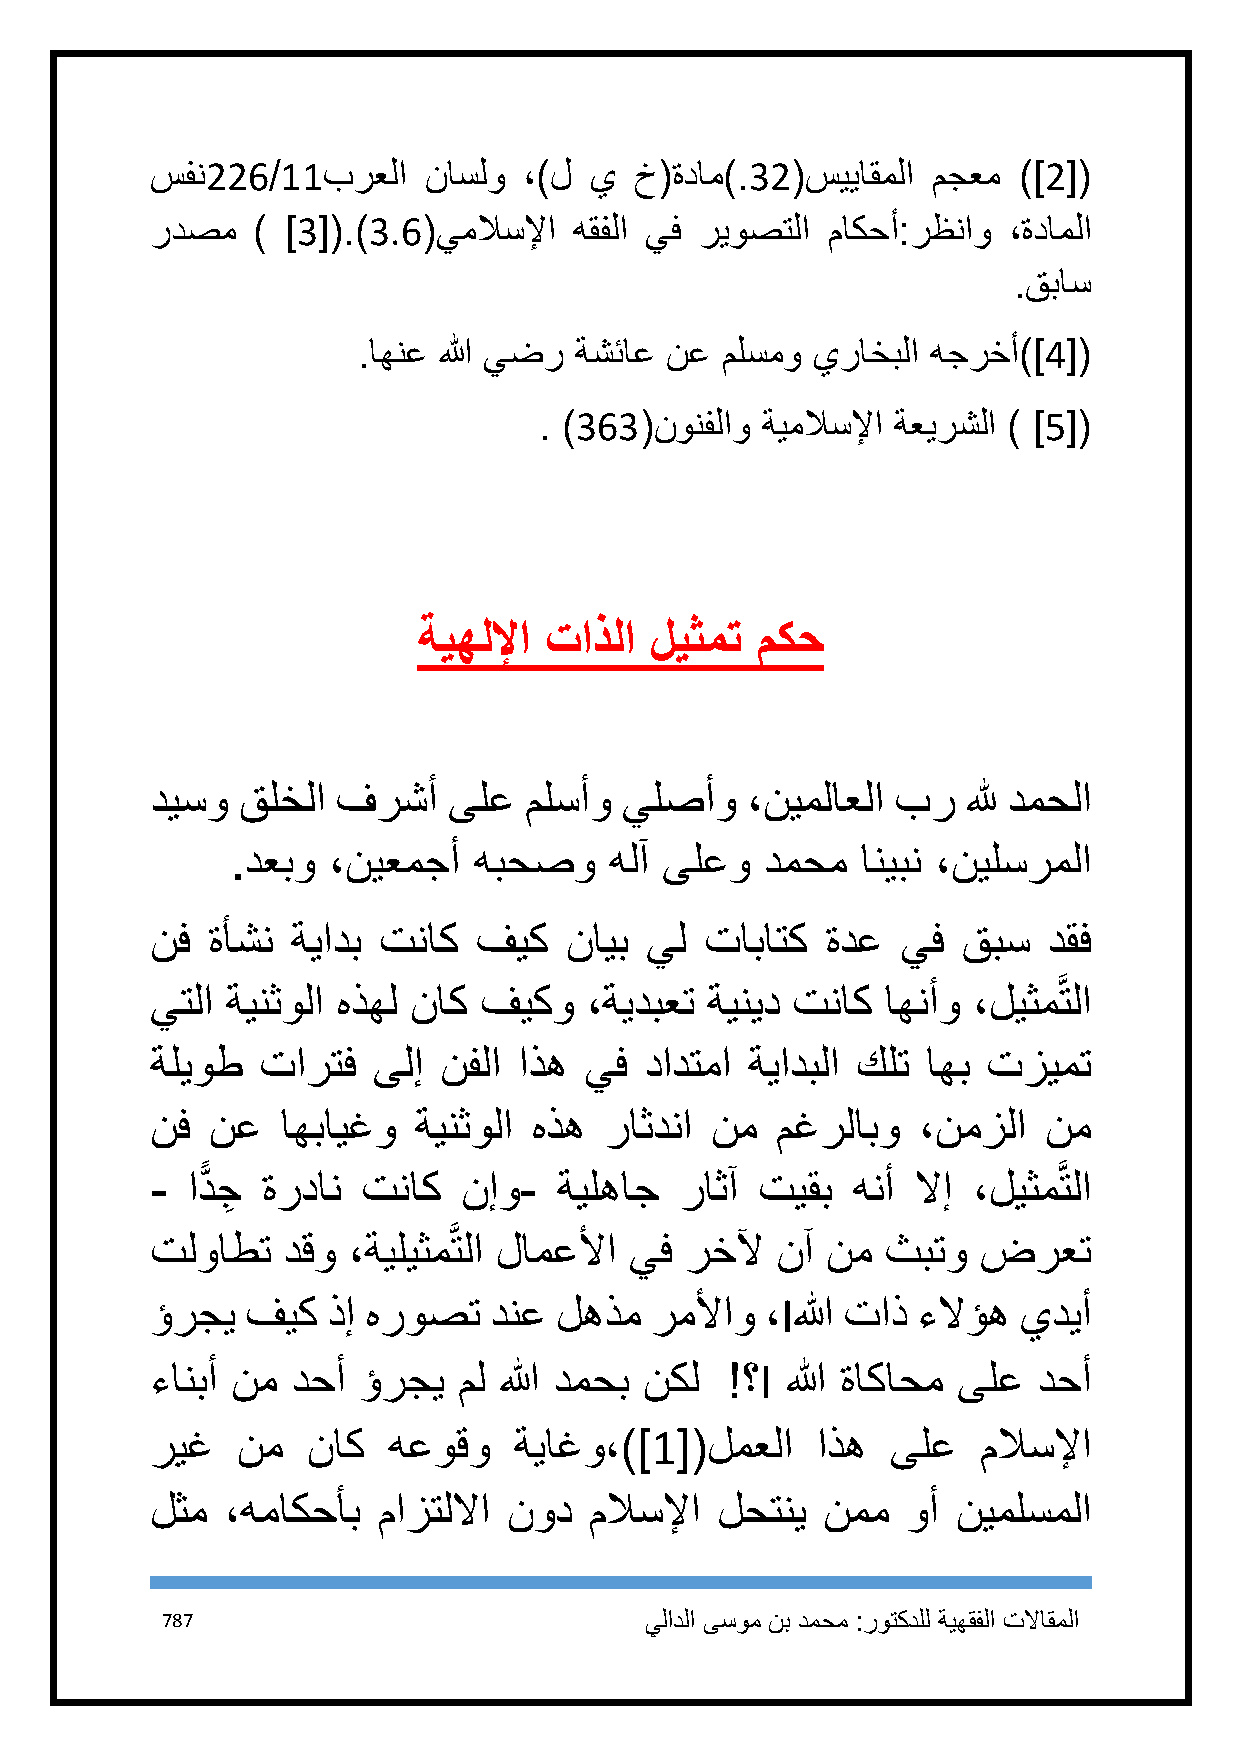
سفن226/11برعلا    ناسلو  ،)ل ي  خ(ةدام).32(سيياقملا مجعم )]2[(
 ردصم   ) ]3[(.)3.6(يملاسلإا هقفلا يف ريوصتلا ماكحأ:رظناو ،ةداملا
 .قباس
 .اهنع الله يضر ةشئاع نع ملسمو يراخبلا هجرخأ)]4[(
 . )363(نونفلاو ةيملاسلإا ةعيرشلا ) ]5[(
 ةيهللإا تاذلا  ليثمت  مكح
 ديسو  قلخلا فرشأ    ىلع  ملسأو يلصأو   ،نيملاعلا بر   لله دمحلا
 .دعبو  ،نيعمجأ  هبحصو    هلآ ىلعو   دمحم  انيبن ،نيلسرملا
 نف  ةأشن ةيادب تناك   فيك  نايب  يل  تاباتك  ةدع  يف  قبس  دقف
 يتلا ةينثولا هذهل ناك فيكو   ،ةيدبعت ةينيد تناك  اهنأو ،ليثمَّتلا
 ةليوط  تارتف   ىلإ نفلا اذه  يف  دادتما ةيادبلا كلت اهب تزيمت
 نف  نع   اهبايغو ةينثولا هذه  راثدنا نم  مغرلابو   ،نمزلا  نم
 - ادًّ جِ ةردان تناك نإو-  ةيلهاج  راثآ تيقب  هنأ  لاإ ،ليثمَّتلا
 تلواطت   دقو ،ةيليثمَّتلا لامعلأا يف رخلآ نآ نم  ثبتو  ضرعت
 ؤرجي  فيك   ذإ هروصت  دنع  لهذم  رملأاو  ،Iالله تاذ ءلاؤه يديأ
 ءانبأ نم دحأ  ؤرجي  مل الله دمحب نكل  !؟I الله ةاكاحم ىلع  دحأ
 ريغ   نم  ناك   هعوقو   ةياغو،)]1[(لمعلا    اذه  ىلع   ملاسلإا
 لثم  ،هماكحأب  مازتللاا نود  ملاسلإا لحتني  نمم   وأ نيملسملا
 787                             يلادلا ىسوم نب دمحم :روتكدلل ةيهقفلا تلااقملا